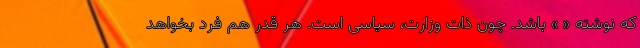
که نوشته « » باشد. چون ذات وزارت، سیاسی است. هر قدر هم فرد بخواهد